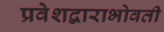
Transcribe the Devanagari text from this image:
प्रवेशद्वाराभोवती